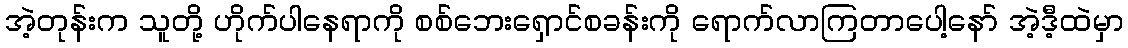
အဲ့တုန်းက သူတို့ ဟိုက်ပါနေရာကို စစ်ဘေးရှောင်စခန်းကို ရောက်လာကြတာပေါ့နော် အဲ့ဒီ့ထဲမှာ